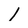
Character: 1